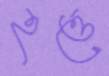
হত্তে